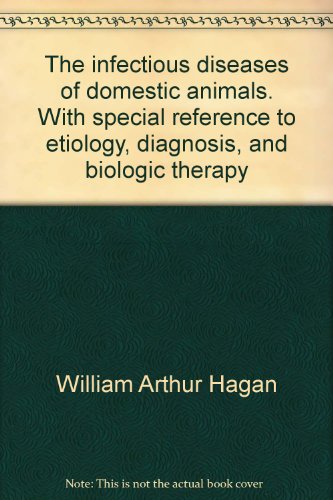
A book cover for THE INFECTIOUS DISEASES OF DOMESTIC ANIMALS With Special Reference to Etiology, Diagnosis, and Biologic Therapy; William Arthur and Dorsey William Bruner Hagan; Medical Books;